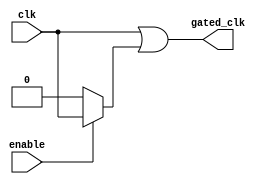
module clock_gating (
    input wire clk,          // Primary clock signal
    input wire enable,       // Enable signal to control clock gating
    output wire gated_clk    // Gated clock signal
);

// Generate the gated clock signal using an OR gate
assign gated_clk = clk | (enable ? clk : 1'b0);

endmodule